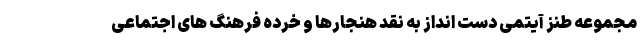
مجموعه طنز آیتمی دست انداز به نقد هنجارها و خرده فرهنگ های اجتماعی